Dysentery in Hazaribagh Central Jail - Number 52
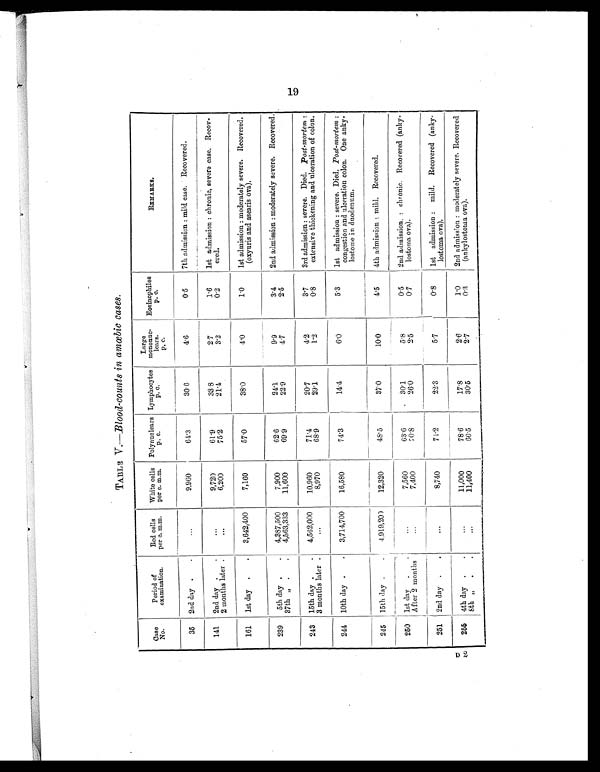
TABLE V.— Blood-counts in amœbic cases.
Case
No.
Period of
examination.
Red cells
per c. m.m.
White cells
per c. m.m.
Polynuclears
p. c.
Lymphocytes
p. c.
Large
mononuc-
lears.
p . c .
Eosinophiles
p. c.
REMARKS.
19
D 2
35 2nd day .
.
...
9,960
64.3
30.6
4.6
0.5
7th admission : mild case. Recovered.
141 2nd day .
.
...
9,720
61.9
33.8
2.7
1.6
1st admission : chronic, severe case. Recov-
ered.
2 months later .
...
6,200
75.2
21.4
3.2
0.2
161 1st day .
. 3,642,400
7,160
57.0
38.0
4.0
1.0
1st admission : moderately severe. Recovered.
(oxyuris and asearis ova).
239
5th day .
.
4,387,500
7,900
62.6
24.1
9.9
3.4
2nd admission : moderately severe. Recovered.
37th „ .
.
4,563,333
11,600
69.9
22.9
4.7
2.5
243 15th day .
.
4,562,000
10,960
71.4
20.7
4.2
3.7
3rd admission : severe. Died. Post-mortem :
extensive thickening and ulceration of colon.
3 months later .
. . .
8,970
68.9
29.1
1 . 2
0.8
244 10th day .
. 3,714,700
16,580
74.3
14.4
6.0
5.3
1st admission : severe. Died. Post-mortem :
congestion and ulceration colon. One anky-
lostome in duodenum.
245 15th day .
.
4,919,200
12,320
48.5
37.0
10.0
4.5
4th admission: mild. Recovered.
250 1st day .
.
...
7,560
63.6
30.1
5.8
0.5
2nd admission : chronic. Recovered (anky-
lostoma ova).
After 2 months
...
7 , 4 0 0
70.8
26.0
2.5
0.7
251 2nd day .
.
...
8 , 7 4 0
71.2
22.3
5.7
0.8
1st admission : mild. Recovered (anky-
lostoma ova).
255 4th day .
.
...
11,000
78.6
1 7 . 8
2.6
1.0
2nd admission : moderately severe. Recovered
(ankylostoma ova).
8th „ .
.
. . .
11,400
66.5
30.5
2.7
0.3